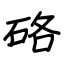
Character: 硌